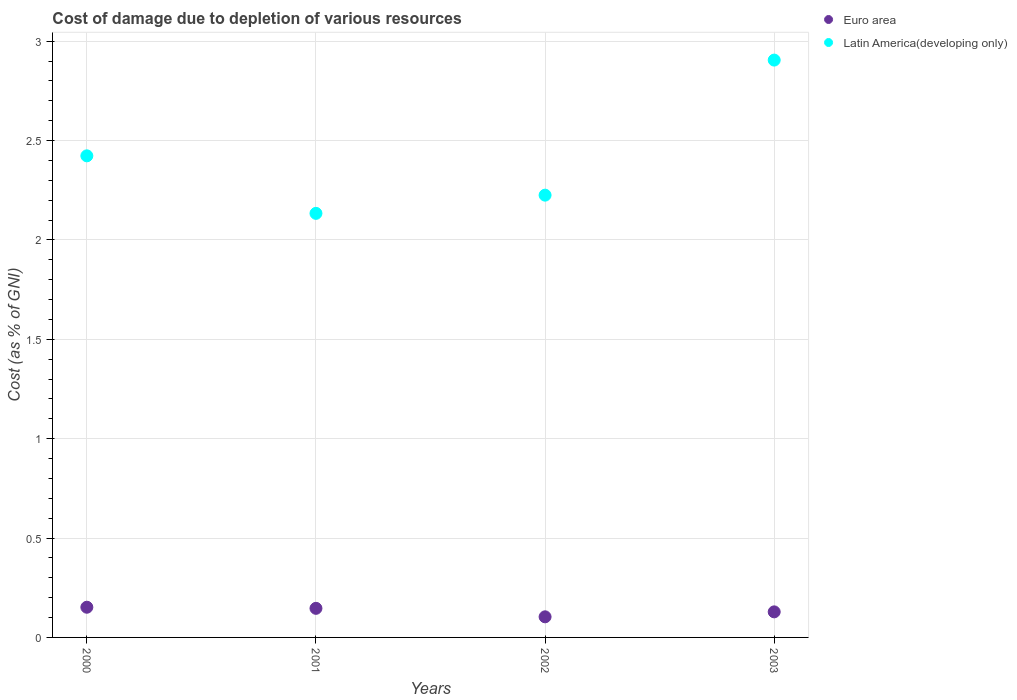
| Years | Euro area | Latin America(developing only) |
 | --- | --- | --- |
 | 2000 | 0.152 | 2.42 |
 | 2001 | 0.146 | 2.13 |
 | 2002 | 0.104 | 2.23 |
 | 2003 | 0.129 | 2.91 |